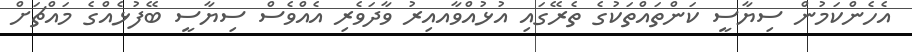
އެހެންކަމުން ސިޔާސީ ކަންތައްތަކުގެ ތެރޭގައި އުޅުއްވާއއިރު ވާދަވެރި އެއްވެސް ސިޔާސީ ބޭފުޅެއްގެ މައްޗަށް